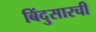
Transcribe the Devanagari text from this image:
बिंदुसारची